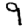
Digit: 9